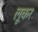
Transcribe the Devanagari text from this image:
लूकर